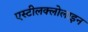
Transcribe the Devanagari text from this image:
एस्टीलक्लोलाइन